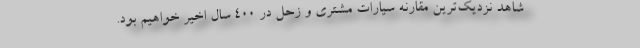
شاهد نزدیک‌ترین مقارنه سیارات مشتری و زحل در ۴۰۰ سال اخیر خواهیم بود.